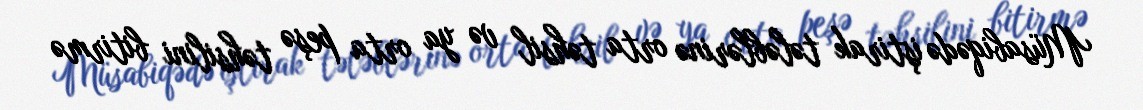
Müsabiqədə iştirak tələblərinə orta təhsil və ya orta peşə təhsilini bitirmə